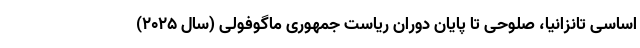
اساسی تانزانیا، صلوحی تا پایان دوران ریاست جمهوری ماگوفولی (سال ۲۰۲۵)